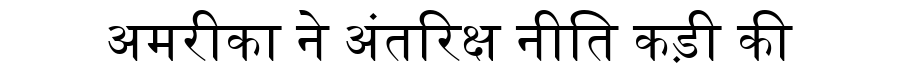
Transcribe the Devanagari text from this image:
अमरीका ने अंतरिक्ष नीति कड़ी की